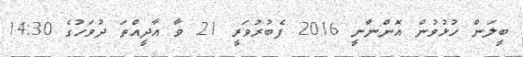
ބީލަން ހުޅުވުން އޮންނާނީ 2016 ފެބުރުވަރީ 21 ވާ އާދީއްތަ ދުވަހުގެ 14:30